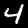
Label: 4